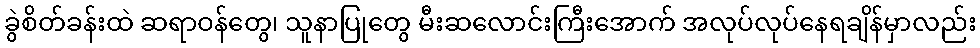
ခွဲစိတ်ခန်းထဲ ဆရာဝန်တွေ၊ သူနာပြုတွေ မီးဆလောင်းကြီးအောက် အလုပ်လုပ်နေရချိန်မှာလည်း